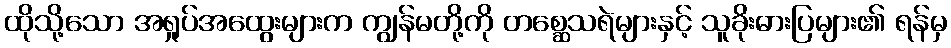
ထိုသို့သော အရှုပ်အထွေးများက ကျွန်မတို့ကို တစ္ဆေသရဲများနှင့် သူခိုးဓားပြများ၏ ရန်မှ